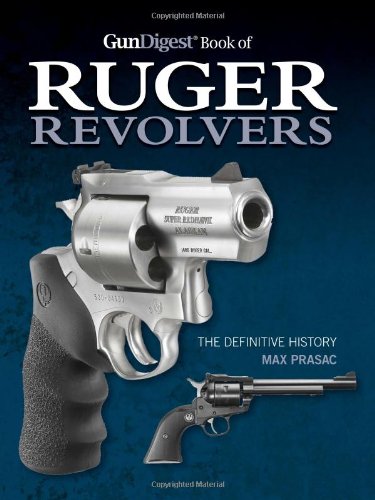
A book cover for Gun Digest Book of Ruger Revolvers: The Definitive History; Max Prasac; Reference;